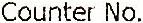
COUNTER NO.